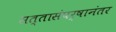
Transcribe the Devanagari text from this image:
सत्तासंघर्षानंतर